Annual report of the Civil Veterinary Department, Bengal, for the year 1897-98 - 1897-1898
Year: 1897
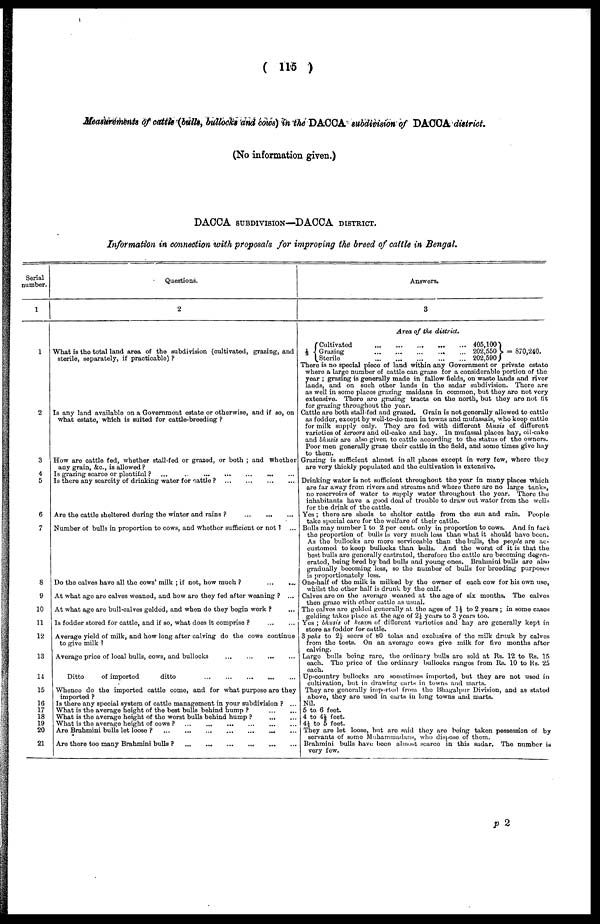
(115)
Measurements of cattle (bulls, bullocks and cows) in the DACCA subdivision of DACCA district.
(No information given.)
DACCA SUBDIVISION—DACCA DISTRICT.
Information in connection with proposals for improving the breed of cattle in Bengal.
Serial
number.
1
1
2
3
4
5
6
7
8
9
10
11
12
13
14
15
16
17
18
19
20
21
Questions.
2
What is the total land area of the subdivision (cultivated, grazing, and |
sterile, separately, if practicable)?
Is any land available on a Government estate or otherwise, and if so, on
what estate, which is suited for cattle-breeding?
How are cattle fed, whether stall-fed or grazod, or both; and whether
any grain, &c., is allowed?
Is grazing scarce or plantiful? ... ... ... ... ... ...
Is there any scarcity of drinking water for cattle?
...
...
...
...
Are the cattle sheltered during the winter and rains?
...
...
...
Number of bulls in proportion to cows, and whether sufficient or not? ...
Do the calves have all the cows' milk; if not, how much?
...
...
At what age are calves weaned, and how are they fed after weaning? ...
At what age are bull-calves golded, and when do they begin work? ...
Is fodder stored for cattle, and if so, what does it comprise?
...
...
Average yield of milk, and how long after calving do the cows continue
to give milk?
Average price of local bulls, cows, and bullocks
...
...
...
...
Ditto
of imported
ditto
...
...
...
...
...
Whence do the imported cattle come, and for what purpose are they
imported?
Is there any special system of cattle management in your subdivision? ...
What is the average height of the best bulls behind hump?
...
...
What is the average height of the worst bulls behind hump? ... ...
What is the average height of cows? ... ... ... ... ... ... ...
Are Brahmini bulls lot looso?
...
...
...
...
...
...
Are there too many Brahmini bulls? ... ... ... ...
Answers.
3
Area of the district.
Cultivated
...
...
...
...
...
405,100
1/3 Grazing
...
...
...
...
...
202,550
= 870,240.
Stcrilo
...
...
...
...
...
202, 590)
There is no special piece of land within any Govornment or private es3tato
where a largo number of cattle can graze for a considerable portion of the
year; grazing is generally mado in fallow fields, on waste lands and rivor
lands, and on such other lands in the sadar subdivision. There are
as well in some places grazing maidans in common, but they are not very
extensive There are grazing tracts on the north, but they are not fit
for grazing throughout the year.
Cattle are both stall-fed and grazed. Grain is not generally allowed to cattle
as fodder, except by well-to-do men in towns and mufassals, who keep cattle
for milk supply only. They are fed with different bhasis of different
varieties of Lcroors and oil-cake and hay. In mufassal placos hay, oil-cake
and bhusis are also given to cattle according to the status of the owners.
Poor men generally graze their cattle in the field, and some times give hay
to them.
Grazing is sufficient almost in all places except in very few, where they
are very thickly populated and the cultivation is extensive.
Drinking water is not sufficient throughout the year in many places which
are far away from rivers and streams and whore there are no large tanks,
no reservoirs of water to supply water throughout the year. There the
inhabitants have a good deal of trouble to draw out water from the wells
for the drink of the cattle.
Yes; there are sheds to shelter cattle from the sun and rain. People
take special caro for the welfaro of their cattle.
Bulls may number 1 to 2 per cent. only in proportion to cows. And in f;ace
the proportion of bulls is very much less than what it should havo been.
As the bullocks are moro serviceable than the bulls, the people are ac-
customed to keep bullocks than bulls. And the worst of it is that the
best bulls are generally castrated, therefore the cattle are becoming degen-
erated, being bred by bad bulls and young ones. Brahmini bulls are also
gradually becoming loss, so the number of bulls for breeding purposes
is proportionately less.
One-half of the milk is milked by the owner of each cow for his own use,
whilst the other half is drunk by the calf.
Calves are on the average weaned at the age of six months. The calves
then graze with other cattle as usual.
The calves are gelded generally at the ages of 1½ to 2 years; in some cases
gelding takes place at the age of 2½ years to 3 years too.
Yes; bhusis of kesum of diflerent varieties and hay are generally kept in
storo as fodder for cattle.
3 pohs to 2½ seers of 80 tolas and exclusive of the milk drnuk by calves
from the teets. On an average cows give milk for five months after
calving.
Largo bulls being rare, the ordinary bulls are sold at Rs. 12 to Us. 15
each. The price of the ordinary bullocks ranges from Its. 10 to Rs. 25 each.
Up-country bullocks are sometimes imported, but they are not used in
cultivation, but in drawing carts in towns and marts.
They are generally imparted from the Bhagalpur Division, and as stated
above, they are used in carts in long towns and marts.
Nil.
5 to 6 feet.
4 to 4½ feet.
4½ to 5 feet.
They are let loose, but are said they are being taken possession of by
servants of some Mahammadans, who dispose of them.
Brahmini bulls have been almost searco in this sadar. The number is
very few.
p 2